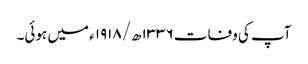
آپ کی وفات ۱۳۳۶ھ/۱۹۱۸ء میں ہوئی۔